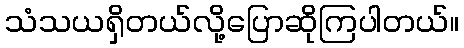
သံသယရှိတယ်လို့ပြောဆိုကြပါတယ်။